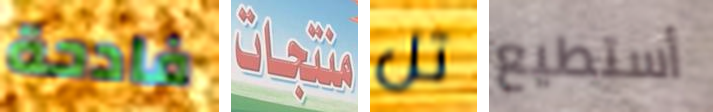
فادحة منتجات تل أستطيع